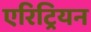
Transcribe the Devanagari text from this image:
एरिट्रियन